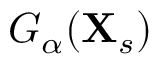
G _ { \alpha } ( \mathbf { X } _ { s } )